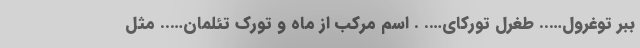
ببر توغرول….. طغرل تورکای…. . اسم مرکب از ماه و تورک تئلمان….. مثل